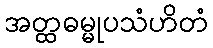
အတ္ထဓမ္မုပသံဟိတံ